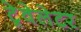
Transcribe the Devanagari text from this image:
ट्रेवेलेटर